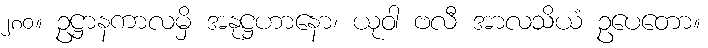
၂၈၀။ ဥဋ္ဌာနကာလမှိ အနုဋ္ဌဟာနော၊ ယုဝါ ဗလီ အာလသိယံ ဥပေတော။